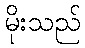
မိုးသည်